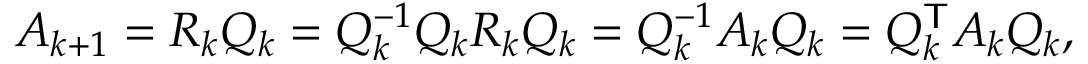
A _ { k + 1 } = R _ { k } Q _ { k } = Q _ { k } ^ { - 1 } Q _ { k } R _ { k } Q _ { k } = Q _ { k } ^ { - 1 } A _ { k } Q _ { k } = Q _ { k } ^ { \mathsf { T } } A _ { k } Q _ { k } ,